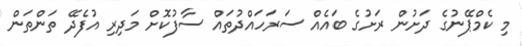
މި ކެމްޕޭނުގެ ދަށުން ރަށުގެ ބައެއް ސަރަހައްދުތައް ސާފުކޮށް މަދިރި އުފެދޭ ތަންތަން